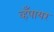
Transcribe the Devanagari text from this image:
व्हँपायर